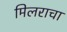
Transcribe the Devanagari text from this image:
मिलराचा